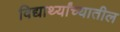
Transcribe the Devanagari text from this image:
विद्यार्थ्यांच्यातील